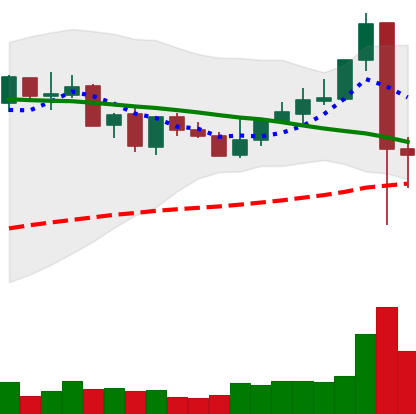
Ticker: XLM-USD
Chart end date: 2021-09-08
Forward return: -3.113%
Label: down_3_5